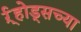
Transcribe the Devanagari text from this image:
र्ऱ्होड्सच्या